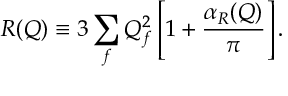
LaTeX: R ( Q ) \equiv 3 \sum _ { f } Q _ { f } ^ { 2 } \left[ 1 + { \frac { \alpha _ { R } ( Q ) } { \pi } } \right] .